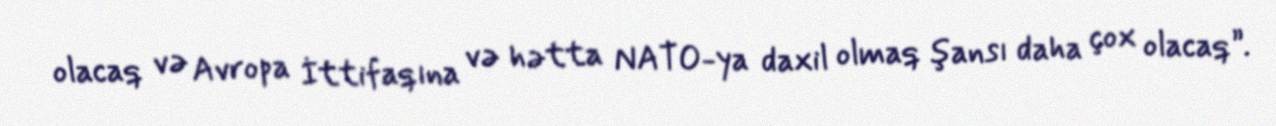
olacaq və Avropa İttifaqına və hətta NATO-ya daxil olmaq şansı daha çox olacaq”.